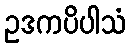
ဥဒကပိပါသံ